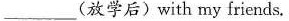
_____(放学后)with my friends.